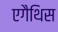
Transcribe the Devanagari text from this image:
एगैथिस